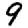
Digit: 9